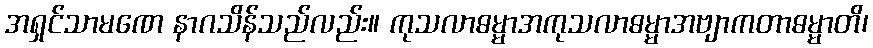
အရှင်သာမဏေ နာဂသိန်သည်လည်း။ ကုသလာဓမ္မာအကုသလာဓမ္မာအဗျာကတာဓမ္မာတိ၊